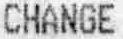
CHANGE